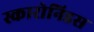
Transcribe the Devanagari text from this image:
स्कारोनिडस